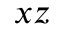
x z